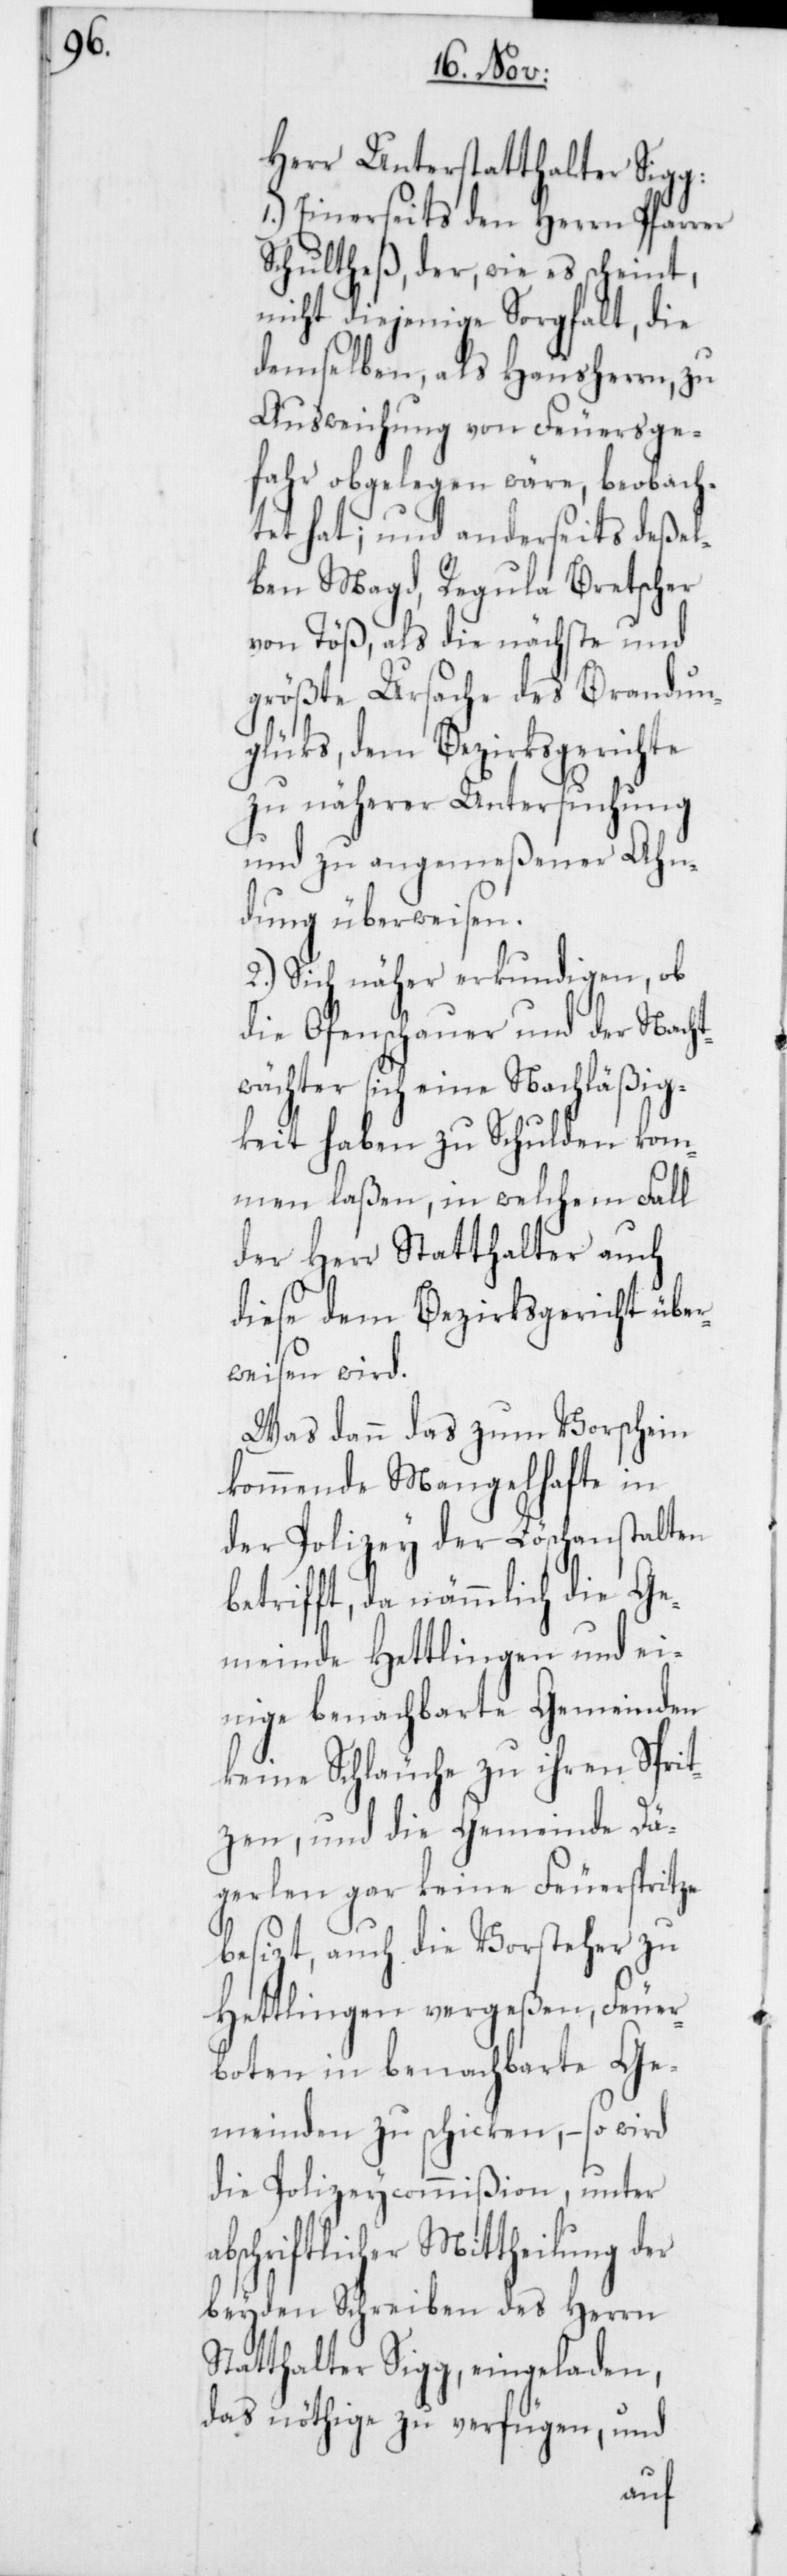
Herr Unterstatthalter Sigg:
1.) Einerseits den Herrn Pfarrer
Schultheß, der, wie es scheint,
nicht diejenige Sorgfalt, die
demselben, als Hausherrn, zu
Ausweichung von Feuersge¬
fahr obgelegen wäre, beobach¬
tet hat; und anderseits deßel¬
ben Magd, Regula Bretscher
von Töß, als die nächste und
größte Ursache des Brandun¬
glüks, dem Bezirksgerichte
zu näherer Untersuchung
und zu angemeßener Ahn¬
dung überweisen.
2.) Sich näher erkundigen, ob
die Ofenschauer und der Nacht¬
wächter sich eine Nachläßig¬
keit haben zu Schulden kom¬
men laßen, in welchem Fall
der Herr Statthalter auch
diese dem Bezirksgericht über¬
weisen wird.
Was dann das zum Vorschein
kommende Mangelhafte in
der Polizey der Löschanstalten
betrifft, da nämmlich die Ge¬
meinde Hettlingen und ei¬
nige benachbarte Gemeinden
keine Schläuche zu ihren Sprit¬
zen, und die Gemeinde Dä¬
gerlen gar keine Feuerspritze
besizt, auch die Vorsteher zu
Hettlingen vergeßen, Feuer¬
boten in benachbarte Ge¬
meinden zu schicken, – so wird
die Polizeycommißion, unter
abschriftlicher Mittheilung der
beyden Schreiben des Herrn
Statthalter Sigg, eingeladen,
das nöthige zu verfügen, und